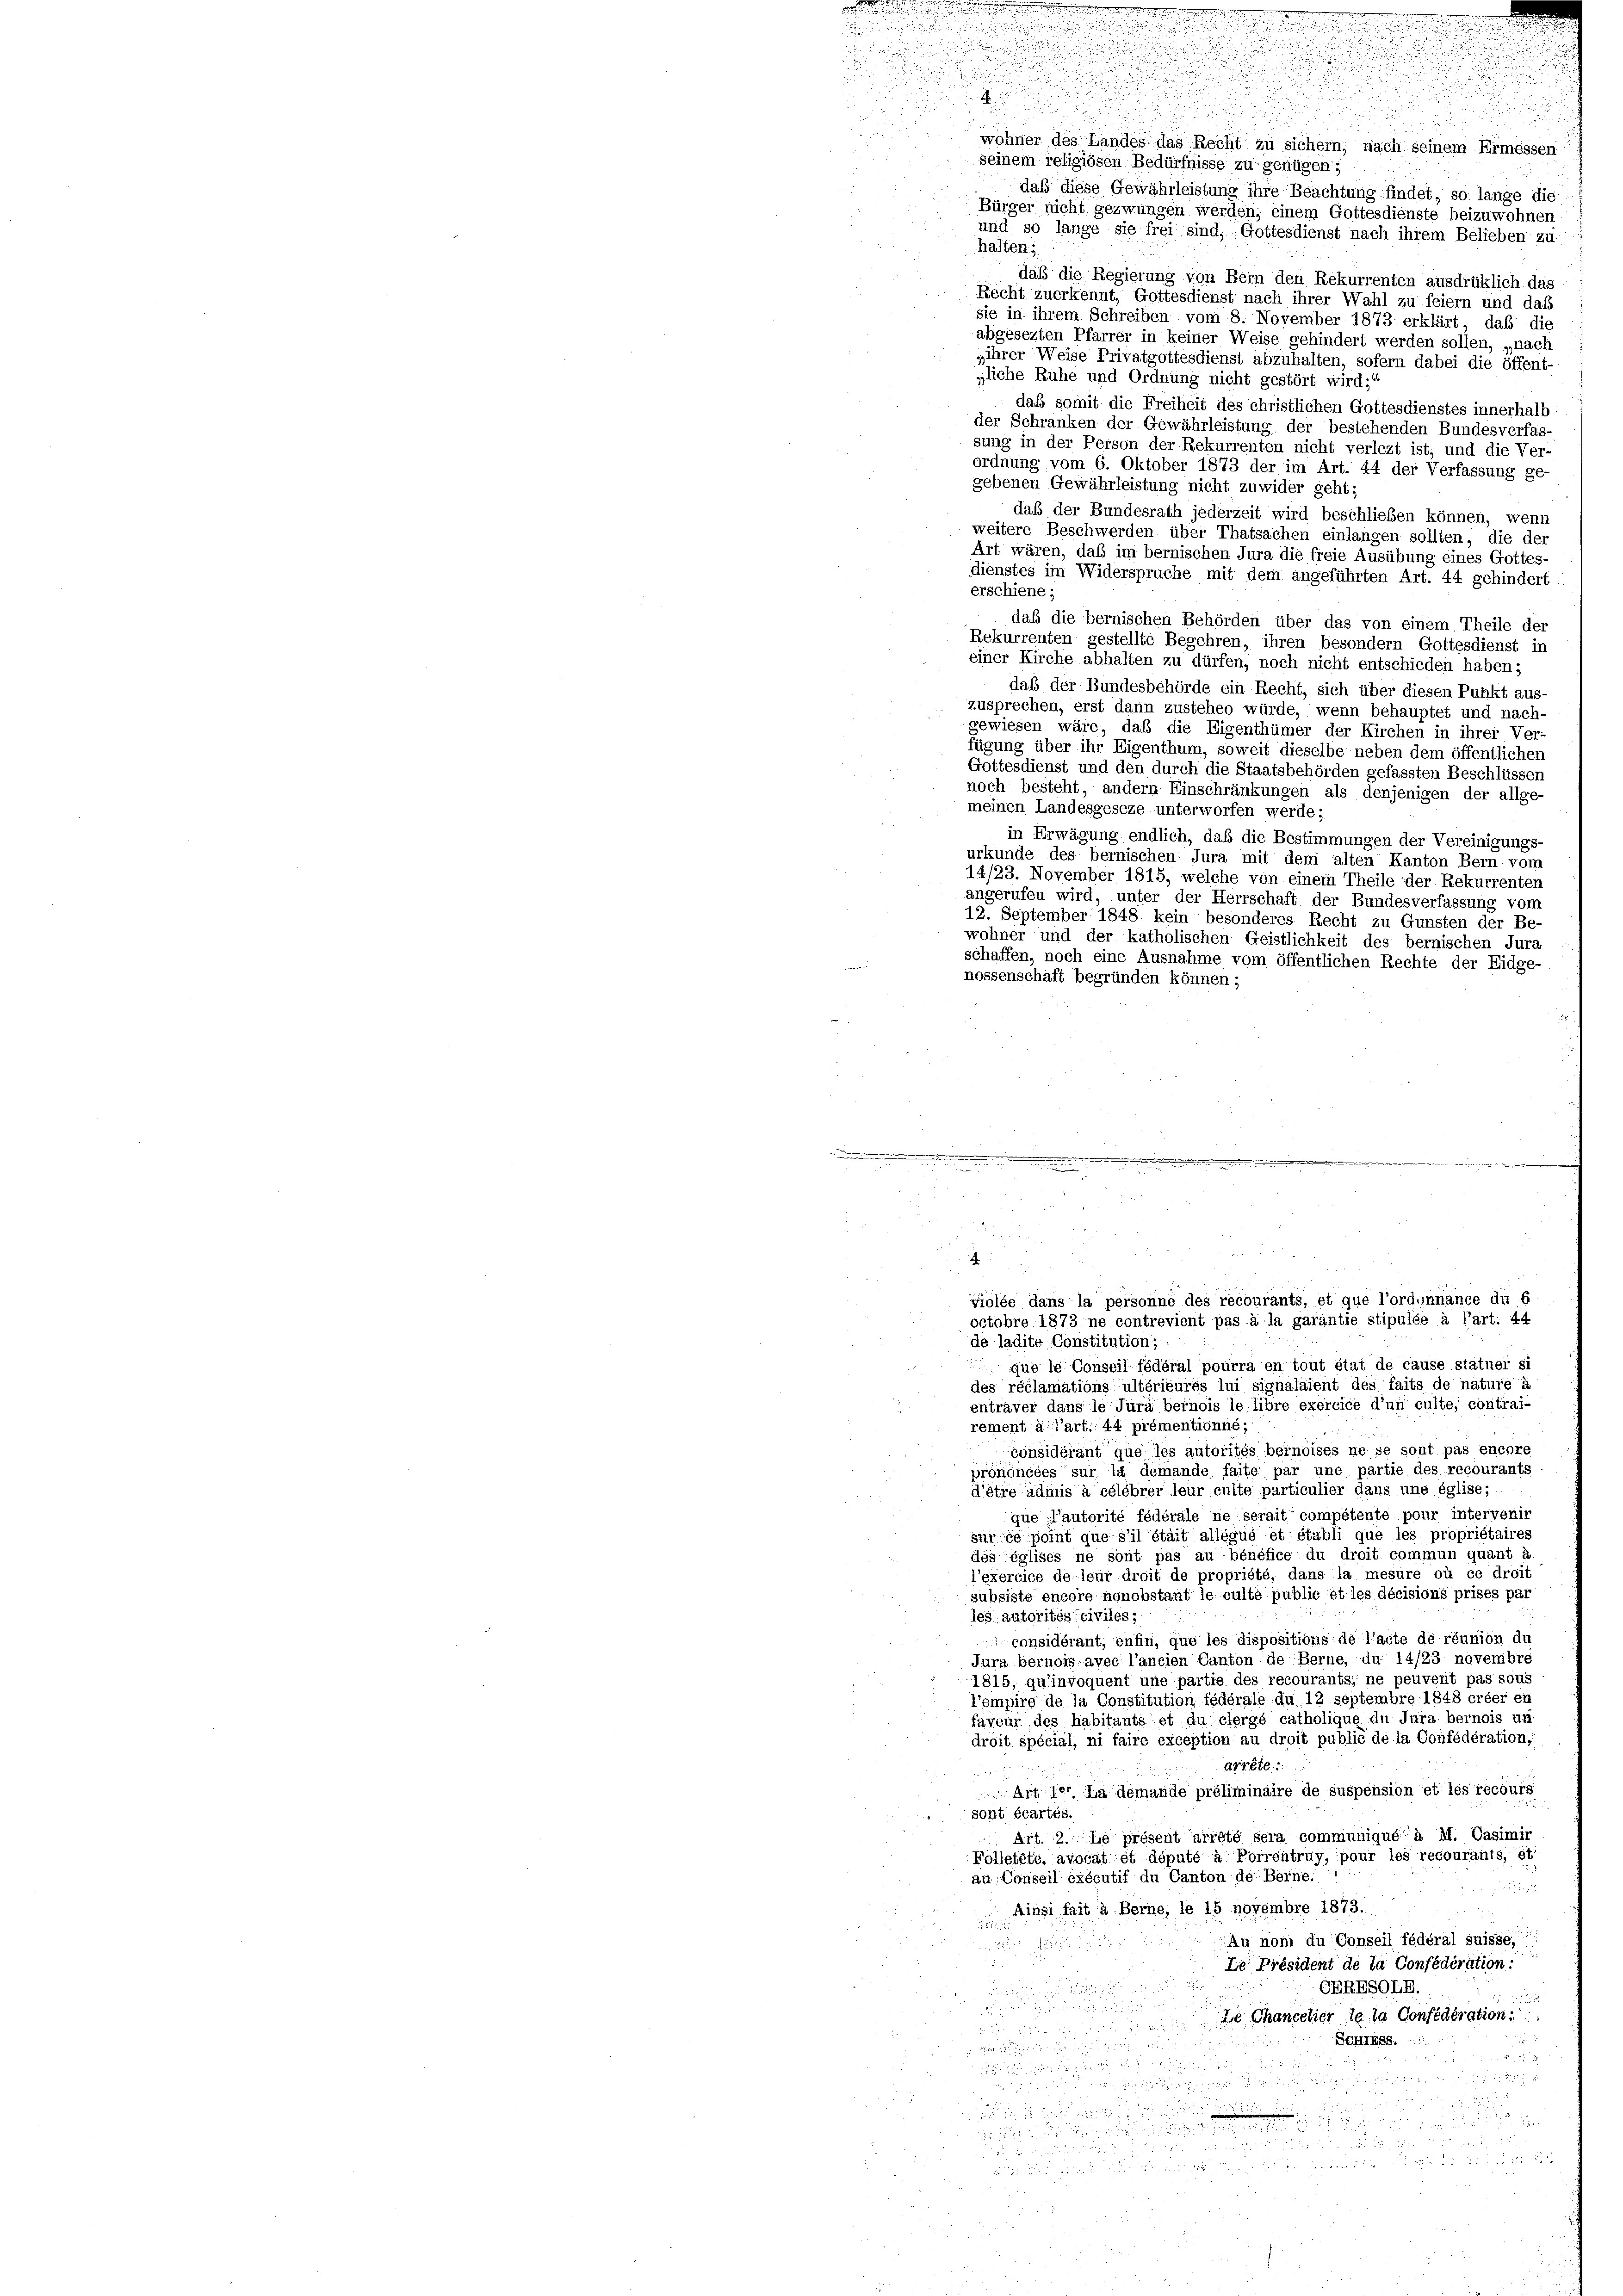
und so lange sie frei sind, Gottesdienst nach ihrem Belieben zu
halten;
daß die Regierung von Bein den Rekurrenten ausdrüklich das
Recht zuerkennt, Gottesdienst nach ihrer Wahl zu feiern und daß
sie in ihrem Schreiben vom 8. November 1873 erklärt, daß die
abgesezten Pfarrer in keiner Weise gehindert werden sollen, „nach
„ihrer Weise Privatgottesdienst abzuhalten, sofern dabei die öffent-
„liche Ruhe und Ordnung nicht gestört wird;“
daß somit die Freiheit des christlichen Gottesdienstes innerhalb
der Schranken der Gewährleistung der bestehenden Bundesverfas-
sung in der Person der Rekurrenten nicht verlezt ist; und die Ver-
ordnung vom 6. Oktober 1873 der im Art. 44 der Verfassung ge-
gebenen Gewährleistung nicht zuwider geht;
daß der Bundesrath jederzeit wird beschließen können, wenn
weitere Beschwerden über Thatsachen einlangen sollten, die der
Art wären, daß im bernischen Jura die freie Ausübung eines Gottes-
dienstes im Widerspruche mit dem angeführten Art. 44 gehindert
erschiene;
daß die bernischen Behörden über das von einem Theile der
Rekurrenten gestellte Begehren, ihren besondern Gottesdienst in
einer Kirche abhalten zu dürfen, noch nicht entschieden haben;
daß der Bundesbehörde ein Recht, sich über diesen Punkt aus-
zusprechen, erst dann zustehen würde, wenn behauptet und nach-
gewiesen wäre, daß die Eigenthümer der Kirchen in ihrer Ver-
fügung über ihr Eigenthum, soweit dieselbe neben dem öffentlichen
Gottesdienst und den durch die Staatsbehörden gefassten Beschlüssen
noch besteht, andern Einschränkungen als denjenigen der allge-
meinen Landesgeseze unterworfen werde;
in Erwägung endlich, daß die Bestimmungen der Vereinigungs-
urkunde des bernischen Jura mit den alten Kanton Bern vom
14/23. November 1815, welche von einem Theile der Rekurrenten
angerufen wird, unter der Herrschaft der Bundesverfassung vom
12. September 1848 kein besonderes Recht zu Gunsten der Be-
wohner und der katholischen Geistlichkeit des bernischen Jura
schaffen, noch eine Ausnahme vom öffentlichen Rechte der Eidge-
nossenschaft begründen können;
e

.

violée dans la personne des recourants, et que l’ordunnance du b
octobre 1873 ne contrevient pas à la garantie stipulée à l’art. 44
de ladite Constitution;
que le Conseil fédéral pourra en tout état de cause statuer si
des réclamationsultérieures lui signalaient des faits de nature à
enträver dans le Jura bernois le libre exercice d’un culte, contrai-
rement à l’art. 44 prémentionné,
gonsidérant que les autorités bernoises ne se sont pas encore
prononcées sur la démande faite par une partie des recourants
d’être admis à célébrer leur culte particulier dans une église;
que l’autorité fédérale ne serait compétente pour intervenir
suisée point que s’il était allégué et établi que les propriétaires
dés églises ne sont pas au bénéfice du droit commun quant a.
l’exercice de leur droit de propriété, dans la mesure où ce droit
subsiste encore nonobstant le culte public et les décisions prises par
les autorités civiles;
considérant, en fin, que les dispositions de l’acte de réunion du
Jura bernois avec l’ancien Canton de Berne, du 14/23 novemibre
1815, qu’invoquent une partie des recourants, ne peuvent pas sous
l’empire de la Constitution fédérale du 12 septembre 1848 créer en
faveur des habitants et du clergé catholique du Jura bernois un
droit spécial, ni faire exception au droit public de la Confédération,
arrste
Art der La demande préliminaire de suspension et les recours
sont écartés.
Art. 2. Le présent arrété sera communiqué à M. Casimir
Folletété, avocat et député à Porrentruy, pour les recourants; et
au: Conseil exécutif du Canton de Berne.
.
Ainsi fait à Berne, le 15 novembre 1873.
An nom du Conseil fédéral suisse,

Le Président de la Confédération:
GERESOLB.

de Chancelier le la Confédération:
 18 x
Schluss.

3

e
 zu die

:

.
  den

 neue Reter den uns auf Rechts
8
N° 84

.

n
.
n

wohner des Landes das Recht zu sichern, nach seinem Ermessen
seinem religiösen Bedürfnisse zu genügen;
daß diese Gewährleistung ihre Beachtung findet, so lange die
Bürger nicht gezwungen werden, einem Gottesdienste beizuwohnen